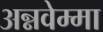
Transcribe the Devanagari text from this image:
अन्नवेम्मा